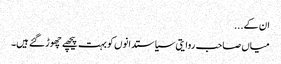
ان کے...
میاں صاحب روایتی سیاستدانوں کو بہت پیچھے چھوڑ گئے ہیں۔